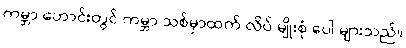
ကမ္ဘာ ဟောင်းတွင် ကမ္ဘာ သစ်မှာထက် လိပ် မျိုးစုံ ပေါ များသည်။